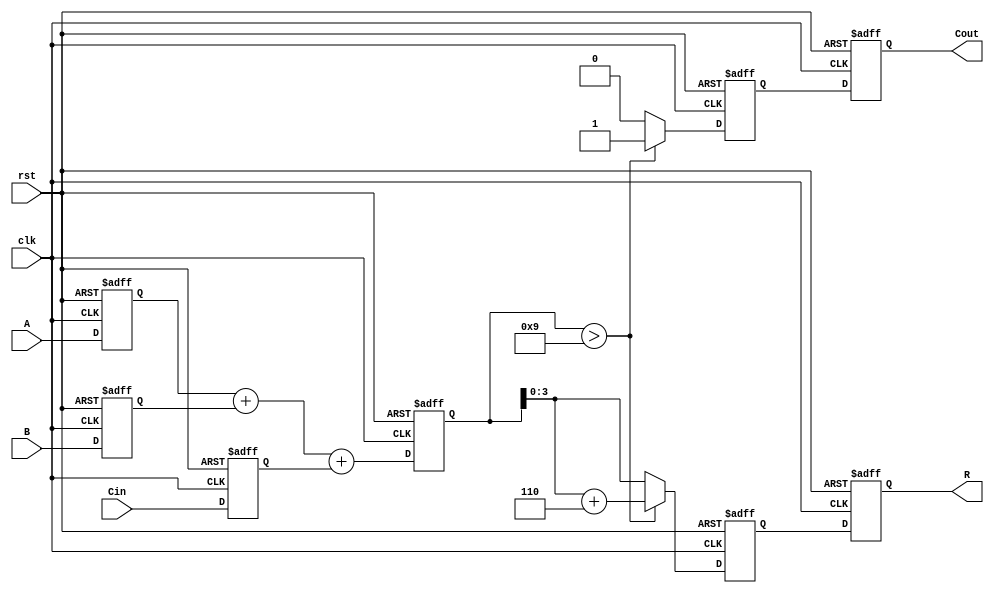
module bcd_pipelined_adder (
    input wire clk,
    input wire rst,
    input wire [3:0] A,      // BCD input A
    input wire [3:0] B,      // BCD input B
    input wire Cin,          // Carry input
    output reg [3:0] R,      // BCD result
    output reg Cout          // Carry output
);

    // Internal signals
    reg [4:0] sum;           // 5-bit sum to hold A + B + Cin
    reg [4:0] corrected_sum; // Corrected sum after BCD adjustment
    reg correction_needed;    // Flag for correction

    // Stage 1: Input Stage
    reg [3:0] A_reg, B_reg;
    reg Cin_reg;

    always @(posedge clk or posedge rst) begin
        if (rst) begin
            A_reg <= 4'b0000;
            B_reg <= 4'b0000;
            Cin_reg <= 1'b0;
        end else begin
            A_reg <= A;
            B_reg <= B;
            Cin_reg <= Cin;
        end
    end

    // Stage 2: Adder Stage
    always @(posedge clk or posedge rst) begin
        if (rst) begin
            sum <= 5'b00000;
        end else begin
            sum <= A_reg + B_reg + Cin_reg; // Binary addition
        end
    end

    // Stage 3: BCD Correction Logic
    always @(posedge clk or posedge rst) begin
        if (rst) begin
            corrected_sum <= 5'b00000;
            correction_needed <= 1'b0;
        end else begin
            if (sum > 5'b01001) begin // If sum > 9
                corrected_sum <= sum + 5'b00110; // Add 6 for BCD correction
                correction_needed <= 1'b1;
            end else begin
                corrected_sum <= sum;
                correction_needed <= 1'b0;
            end
        end
    end

    // Stage 4: Output Stage
    always @(posedge clk or posedge rst) begin
        if (rst) begin
            R <= 4'b0000;
            Cout <= 1'b0;
        end else begin
            R <= corrected_sum[3:0]; // Take lower 4 bits for BCD result
            Cout <= correction_needed; // Set carry out if correction was needed
        end
    end

endmodule